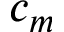
c _ { m }